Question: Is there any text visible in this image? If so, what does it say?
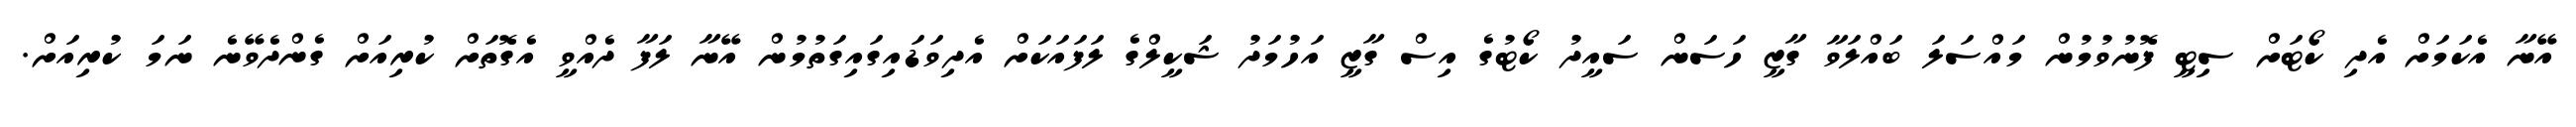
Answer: އޭނާ އެކަމަށް އެދި ކޯޓަށް ސިޓީ ފޮނުވުމުން މައްސަލަ ބައްލަވާ ގާޒީ ހަސަން ސައީދު ކޯޓުގެ އިސް ގާޒީ އަހުމަދު ޝަކީލްގެ ލަފައަކަށް އެދިވަޑައިގައިގަތުމުން އޭނާ ލަފާ ދެއްވީ އެގޮތަށް ކުރިއަށް ގެންދެވޭނެ ނަމަ ކުރިއަށް.